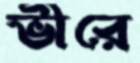
ভীরে